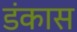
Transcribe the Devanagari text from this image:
डंकास